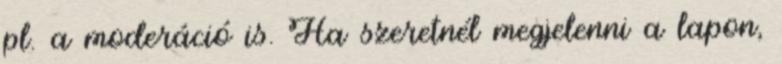
pl. a moderáció is. Ha szeretnél megjelenni a lapon,